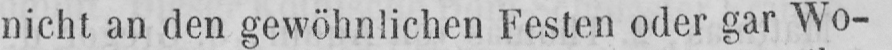
nicht an den gewöhnlichen Festen oder gar Wo-